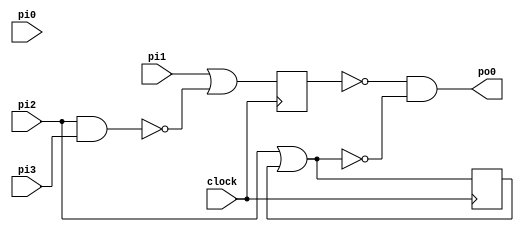
// Benchmark "alu" written by ABC on Fri Apr 26 10:29:37 2024

module alu ( clock, 
    pi0, pi1, pi2, pi3,
    po0  );
  input  clock;
  input  pi0, pi1, pi2, pi3;
  output po0;
  reg lo0, lo1;
  wire new_n14, li0, li1;
  assign li1 = pi2 | lo1;
  assign po0 = ~lo0 & ~li1;
  assign new_n14 = pi2 & pi3;
  assign li0 = pi1 | ~new_n14;
  always @ (posedge clock) begin
    lo0 <= li0;
    lo1 <= li1;
  end
  initial begin
    lo0 <= 1'b0;
    lo1 <= 1'b0;
  end
endmodule